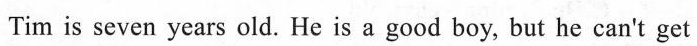
Tim is seven years old. He is a good boy, but he can't get